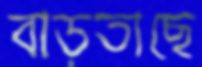
বাড়তাছে